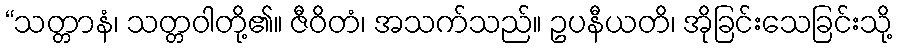
“သတ္တာနံ၊ သတ္တဝါတို့၏။ ဇီဝိတံ၊ အသက်သည်။ ဥပနီယတိ၊ အိုခြင်းသေခြင်းသို့